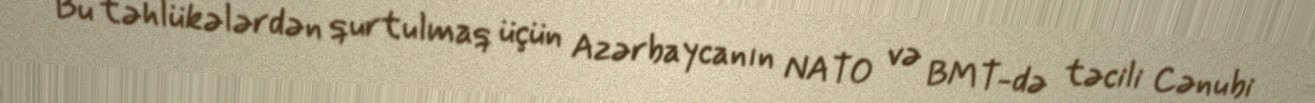
Bu təhlükələrdən qurtulmaq üçün Azərbaycanın NATO və BMT-də təcili Cənubi